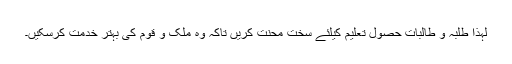
لہذا طلبہ و طالبات حصول تعلیم کیلئے سخت محنت کریں تاکہ وہ ملک و قوم کی بہتر خدمت کرسکیں۔